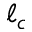
\ell _ { c }